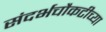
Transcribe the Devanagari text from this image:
संदर्भचौकटीच्या